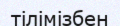
тілімізбен